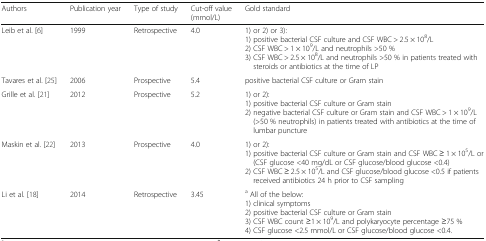
| Authors | Publication year | Type of study | Cut-off value (mmol/L) | Gold standard |
 | --- | --- | --- | --- | --- |
 | Leib et al. [6] | 1999 | Retrospective | 4.0 | 1) or 2) or 3):1) positive bacterial CSF culture and CSF WBC > 2.5 × 108/L2) CSF WBC > 1 × 109/L and neutrophils >50 %3) CSF WBC > 2.5 × 108/L and neutrophils >50 % in patients treated with steroids or antibiotics at the time of LP |
 | Tavares et al. [25] | 2006 | Prospective | 5.4 | positive bacterial CSF culture or Gram stain |
 | Grille et al. [21] | 2012 | Prospective | 5.2 | 1) or 2):1) positive bacterial CSF culture or Gram stain2) negative bacterial CSF culture or Gram stain and CSF WBC > 1 × 109/L (>50 % neutrophils) in patients treated with antibiotics at the time of lumbar puncture |
 | Maskin et al. [22] | 2013 | Prospective | 4.0 | 1) or 2):1) positive bacterial CSF culture or Gram stain and CSF WBC ≥ 1 × 105/L or (CSF glucose <40 mg/dL or CSF glucose/blood glucose <0.4)2) CSF WBC ≥ 2.5 × 105/L and CSF glucose/blood glucose <0.5 if patients received antibiotics 24 h prior to CSF sampling |
 | Li et al. [18] | 2014 | Retrospective | 3.45 | a All of the below:1) clinical symptoms2) positive bacterial CSF culture or Gram stain3) CSF WBC count ≥1 × 109/L and polykaryocyte percentage ≥75 %4) CSF glucose <2.5 mmol/L or CSF glucose/blood glucose <0.4. |